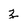
Character: z